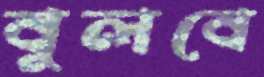
বুলবে